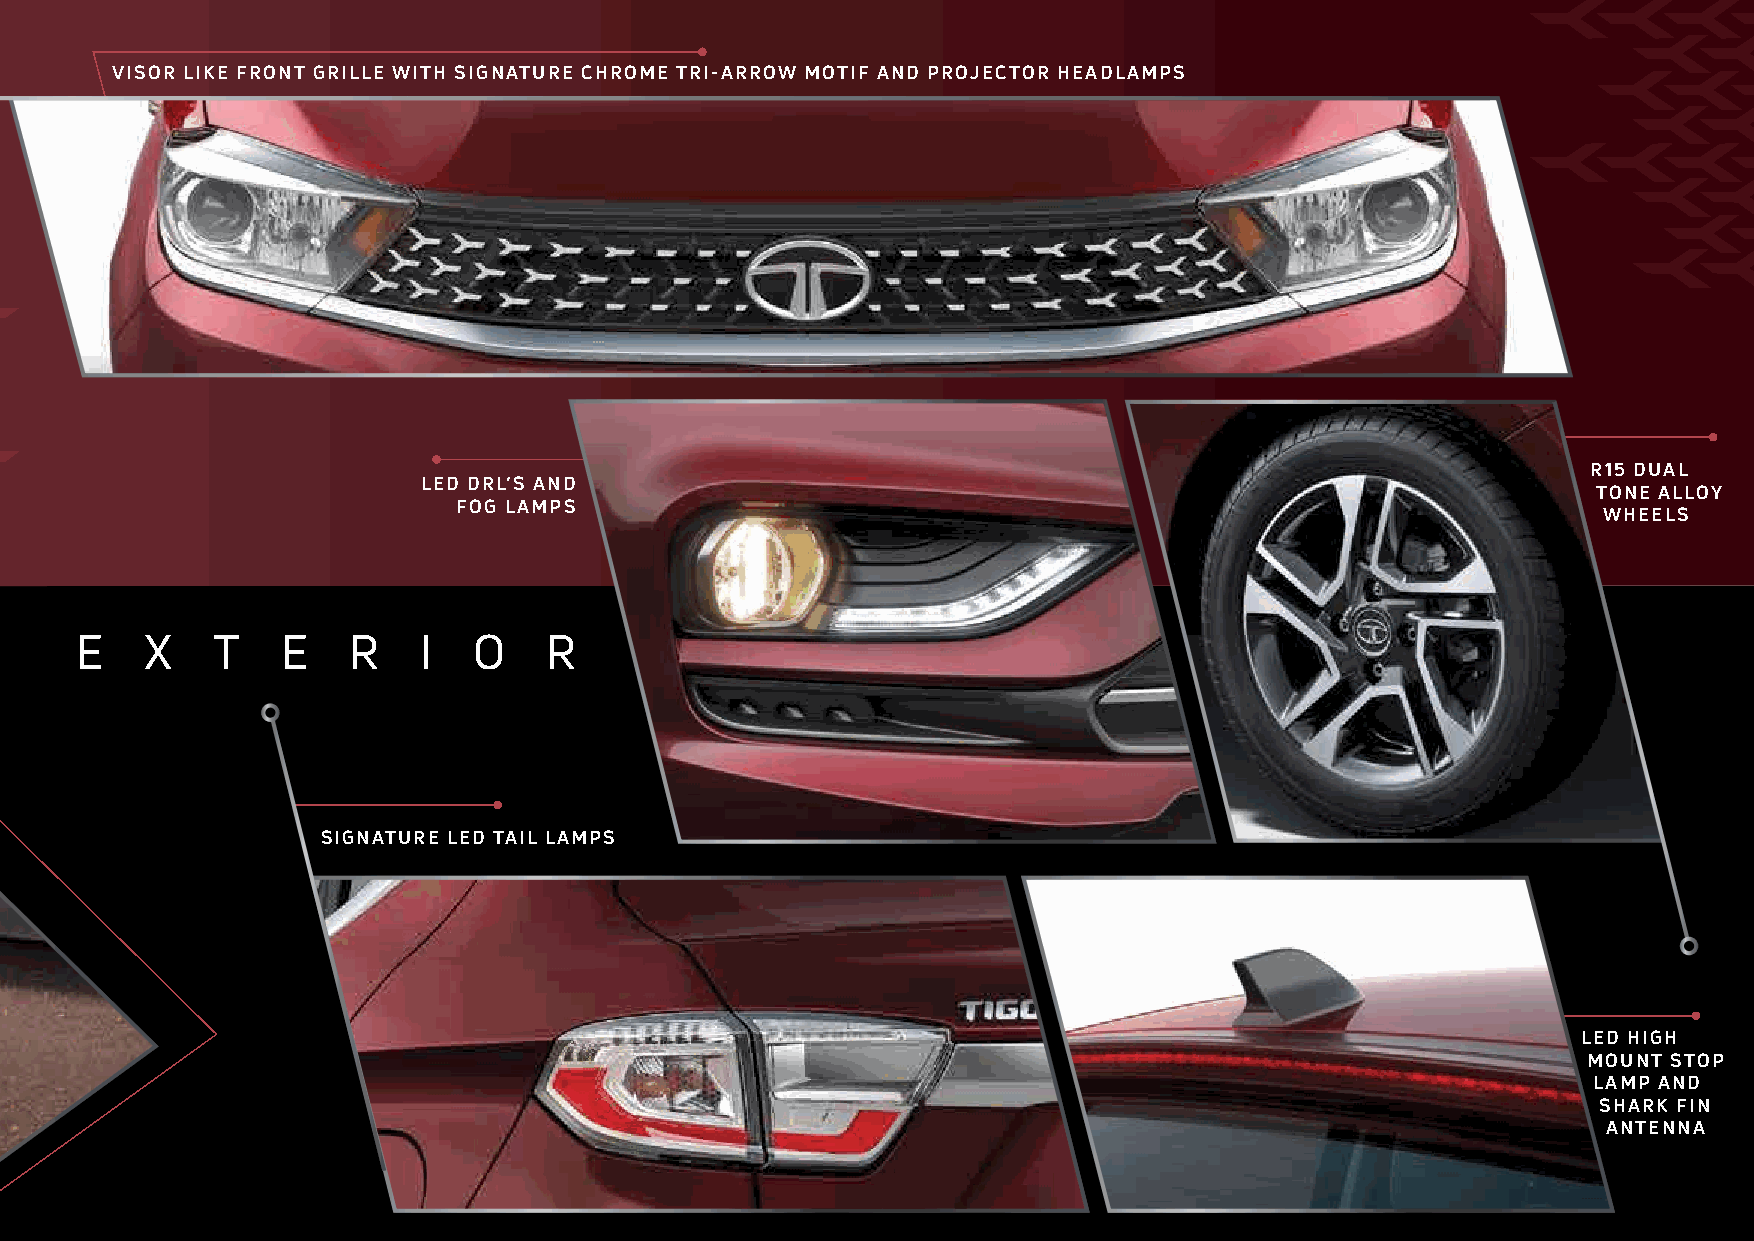
VISOR LIKE FRONT GRILLE WITH SIGNATURE CHROME TRI-ARROW MOTIF AND PROJECTOR HEADLAMPS
 R15 DUAL
 LED DRL’S AND
 TONE ALLOY
 FOG LAMPS
 WHEELS
 E    X   T    E   R    I  O    R
 SIGNATURE LED TAIL LAMPS
 LED HIGH
 MOUNT STOP
 LAMP AND
 SHARK FIN
 ANTENNA